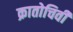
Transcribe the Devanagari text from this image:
क्रातोचिवी